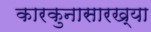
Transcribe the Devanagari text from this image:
कारकुनासारख्या